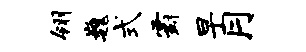
翎巍式霸早月